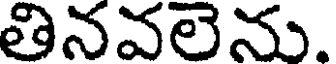
తినవలెను.